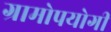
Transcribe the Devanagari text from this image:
ग्रामोपयोगी